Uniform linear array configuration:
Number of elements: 8
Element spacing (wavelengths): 1
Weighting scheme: uniform
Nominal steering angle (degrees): -45
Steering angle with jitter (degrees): -45.618
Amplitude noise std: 0.05
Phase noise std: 0.05

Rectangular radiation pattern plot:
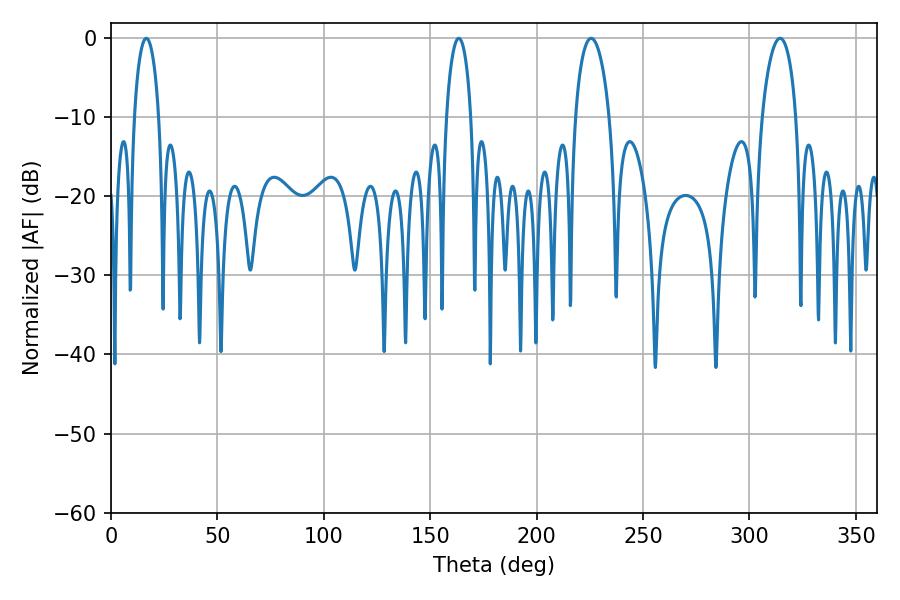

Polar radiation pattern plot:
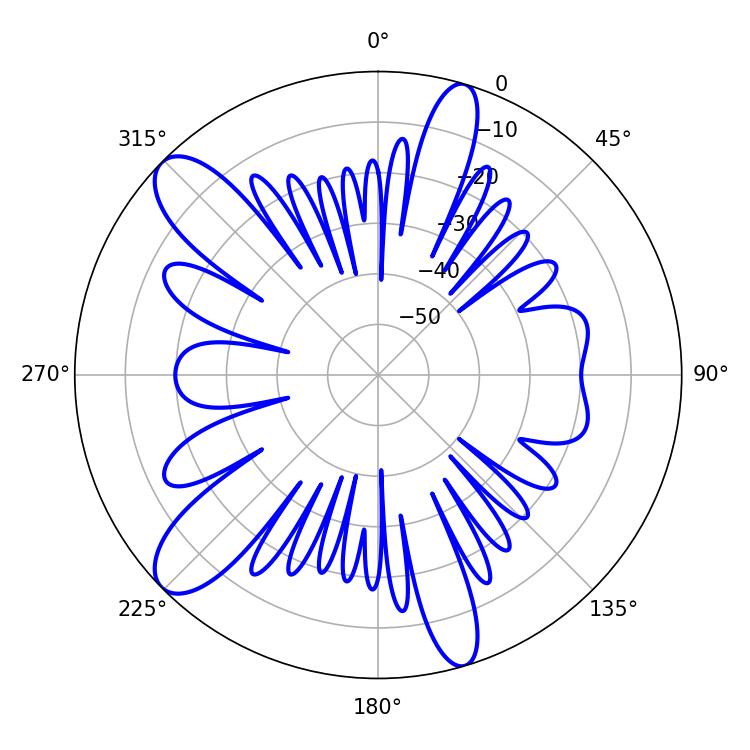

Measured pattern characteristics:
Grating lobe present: TRUE
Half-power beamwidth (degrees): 6.66
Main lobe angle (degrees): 16.56